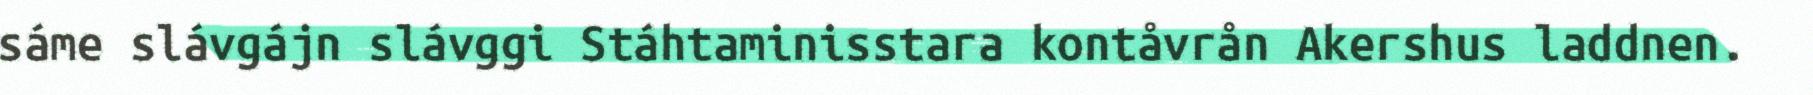
sáme slávgájn slávggi Stáhtaminisstara kontåvrån Akershus laddnen.